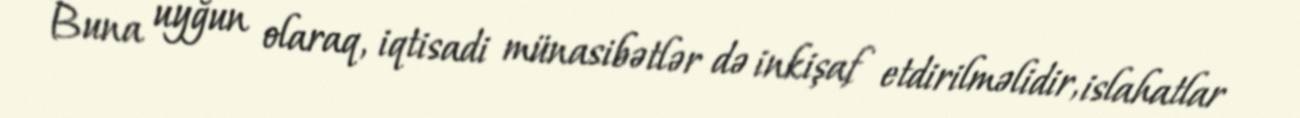
Buna uyğun olaraq, iqtisadi münasibətlər də inkişaf etdirilməlidir, islahatlar